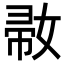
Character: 𡞒